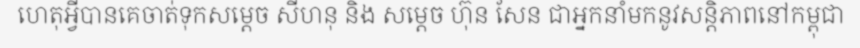
ហេតុអ្វីបានគេចាត់ទុកសម្តេច សីហនុ និង សម្តេច ហ៊ុន សែន ជាអ្នកនាំមកនូវសន្តិភាពនៅកម្ពុជា